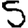
Digit: 5